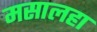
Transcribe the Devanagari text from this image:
मसालहा